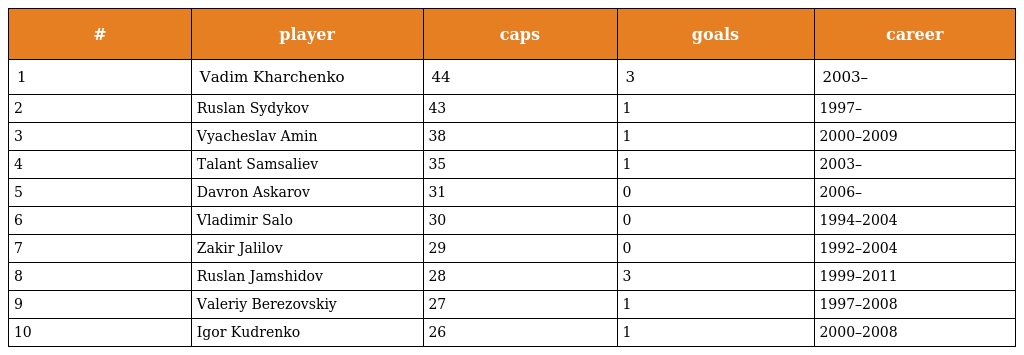
| # | player | caps | goals | career |
 | --- | --- | --- | --- | --- |
 | 1 | Vadim Kharchenko | 44 | 3 | 2003– |
 | 2 | Ruslan Sydykov | 43 | 1 | 1997– |
 | 3 | Vyacheslav Amin | 38 | 1 | 2000–2009 |
 | 4 | Talant Samsaliev | 35 | 1 | 2003– |
 | 5 | Davron Askarov | 31 | 0 | 2006– |
 | 6 | Vladimir Salo | 30 | 0 | 1994–2004 |
 | 7 | Zakir Jalilov | 29 | 0 | 1992–2004 |
 | 8 | Ruslan Jamshidov | 28 | 3 | 1999–2011 |
 | 9 | Valeriy Berezovskiy | 27 | 1 | 1997–2008 |
 | 10 | Igor Kudrenko | 26 | 1 | 2000–2008 |